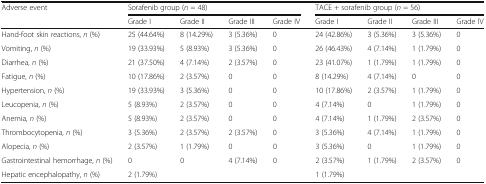
| <ROWSPAN=2> Adverse event | <COLSPAN=4> Sorafenib group (n = 48) | <COLSPAN=4> TACE + sorafenib group (n = 56) |
 | Grade I | Grade II | Grade III | Grade IV | Grade I | Grade II | Grade III | Grade IV |
 | --- | --- | --- | --- | --- | --- | --- | --- | --- |
 | Hand-foot skin reactions, n (%) | 25 (44.64%) | 8 (14.29%) | 3 (5.36%) | 0 | 24 (42.86%) | 3 (5.36%) | 3 (5.36%) | 0 |
 | Vomiting, n (%) | 19 (33.93%) | 5 (8.93%) | 3 (5.36%) | 0 | 26 (46.43%) | 4 (7.14%) | 1 (1.79%) | 0 |
 | Diarrhea, n (%) | 21 (37.50%) | 4 (7.14%) | 2 (3.57%) | 0 | 23 (41.07%) | 1 (1.79%) | 1 (1.79%) | 0 |
 | Fatigue, n (%) | 10 (17.86%) | 2 (3.57%) | 0 | 0 | 8 (14.29%) | 4 (7.14%) | 0 | 0 |
 | Hypertension, n (%) | 19 (33.93%) | 3 (5.36%) | 0 | 0 | 10 (17.86%) | 2 (3.57%) | 1 (1.79%) | 0 |
 | Leucopenia, n (%) | 5 (8.93%) | 2 (3.57%) | 0 | 0 | 4 (7.14%) | 0 | 1 (1.79%) | 0 |
 | Anemia, n (%) | 5 (8.93%) | 2 (3.57%) | 0 | 0 | 4 (7.14%) | 1 (1.79%) | 2 (3.57%) | 0 |
 | Thrombocytopenia, n (%) | 3 (5.36%) | 2 (3.57%) | 2 (3.57%) | 0 | 3 (5.36%) | 4 (7.14%) | 1 (1.79%) | 0 |
 | Alopecia, n (%) | 2 (3.57%) | 1 (1.79%) | 0 | 0 | 3 (5.36%) | 0 | 1 (1.79%) | 0 |
 | Gastrointestinal hemorrhage, n (%) | 0 | 0 | 4 (7.14%) | 0 | 2 (3.57%) | 1 (1.79%) | 2 (3.57%) | 0 |
 | Hepatic encephalopathy, n (%) | <COLSPAN=4> 2 (1.79%) | <COLSPAN=4> 1 (1.79%) |